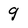
Character: 9